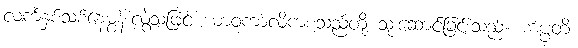
လက်နှစ်သစ်နေမွန်းလွဲသဖြင့် ယာဝကာလိကစသည်တို့ သုံးဆောင်ခြင်းသည်။ ကပ္ပတိ၊